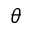
\theta { }